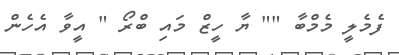
ފެމެލީ މެމްބާ "" ޔާ ހީޒް މައި ބްރޯ " އީވާ އެހެން